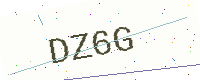
Text: DZ6G